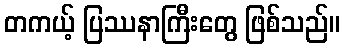
တကယ့် ပြဿနာကြီးတွေ ဖြစ်သည်။